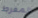
المفرط